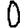
Digit: 0